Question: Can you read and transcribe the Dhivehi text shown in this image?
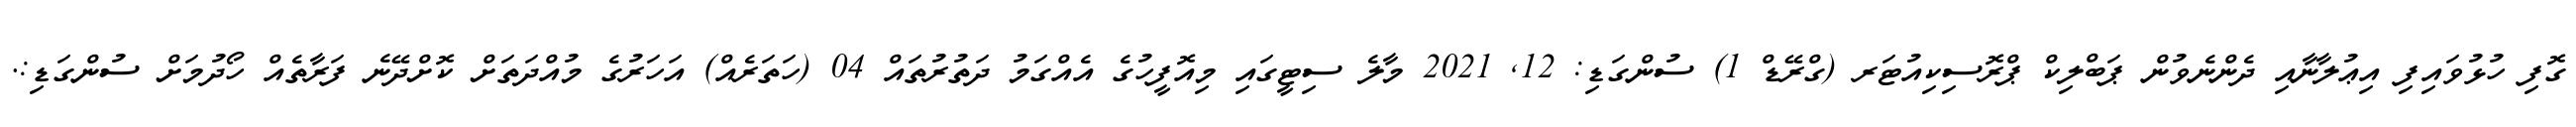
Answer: ގޮފި ހުޅުވައިފި އިޢުލާނާއި ދެންނެވުން ޕަބްލިކް ޕްރޮސިކިއުޓަރ (ގްރޭޑް 1) ސުންގަޑި: 12, 2021 މާލެ ސިޓީގައި މިއޮފީހުގެ އެއްގަމު ދަތުރުތައް 04 (ހަތަރެއް) އަހަރުގެ މުއްދަތަށް ކޮށްދޭނެ ފަރާތެއް ހޯދުމަށް ސުންގަޑި:.